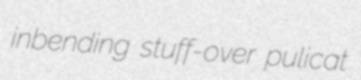
inbending stuff-over pulicat